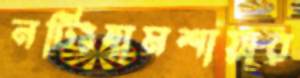
নটিংহামশায়ার